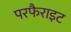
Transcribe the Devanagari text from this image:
परफैराइट